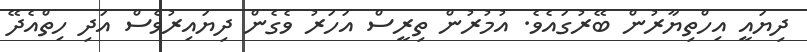
ދިޔައީ އިހްތިޔާރުން ބޭރުގައެވެ. އުމުރުން ތިރީސް އަހަރު ވެގެން ދިޔައިރުވެސް އަދި ހިތްއެދޭ